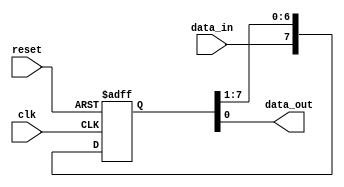
module siso_shift_register (
    input clk, // Clock input
    input reset, // Reset input
    input data_in, // Data input
    output reg data_out // Data output
);

reg [7:0] shift_register; // 8-bit shift register using flip-flops

always @(posedge clk or posedge reset) begin
    if (reset) begin
        shift_register <= 8'b0; // Reset shift register
    end else begin
        // Shift data in by shifting right and adding new data bit from input
        shift_register <= {data_in, shift_register[7:1]}; 
    end
end

assign data_out = shift_register[0]; // Output the last bit of data that was loaded

endmodule